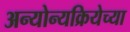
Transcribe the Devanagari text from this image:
अन्योन्यक्रियेच्या